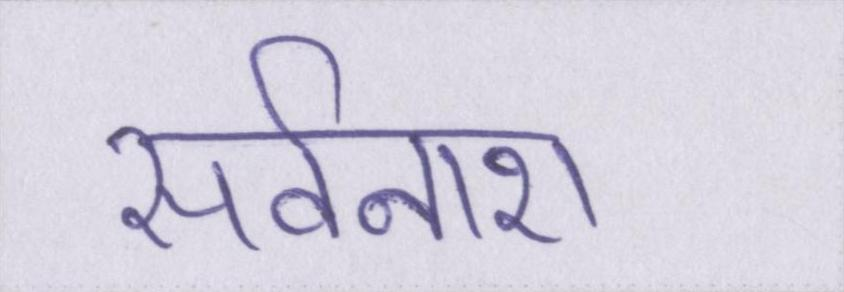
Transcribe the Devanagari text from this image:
सर्वनाश